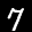
Label: 7